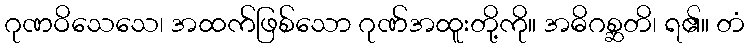
ဂုဏဝိသေသေ၊ အထက်ဖြစ်သော ဂုဏ်အထူးတို့ကို။ အဓိဂစ္ဆတိ၊ ရ၏။ တံ